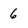
Character: 6